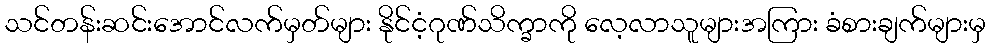
သင်တန်းဆင်းအောင်လက်မှတ်များ နိုင်ငံ့ဂုဏ်သိက္ခာကို လေ့လာသူများအကြား ခံစားချက်များမှ